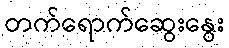
တက်ရောက်ဆွေးနွေး